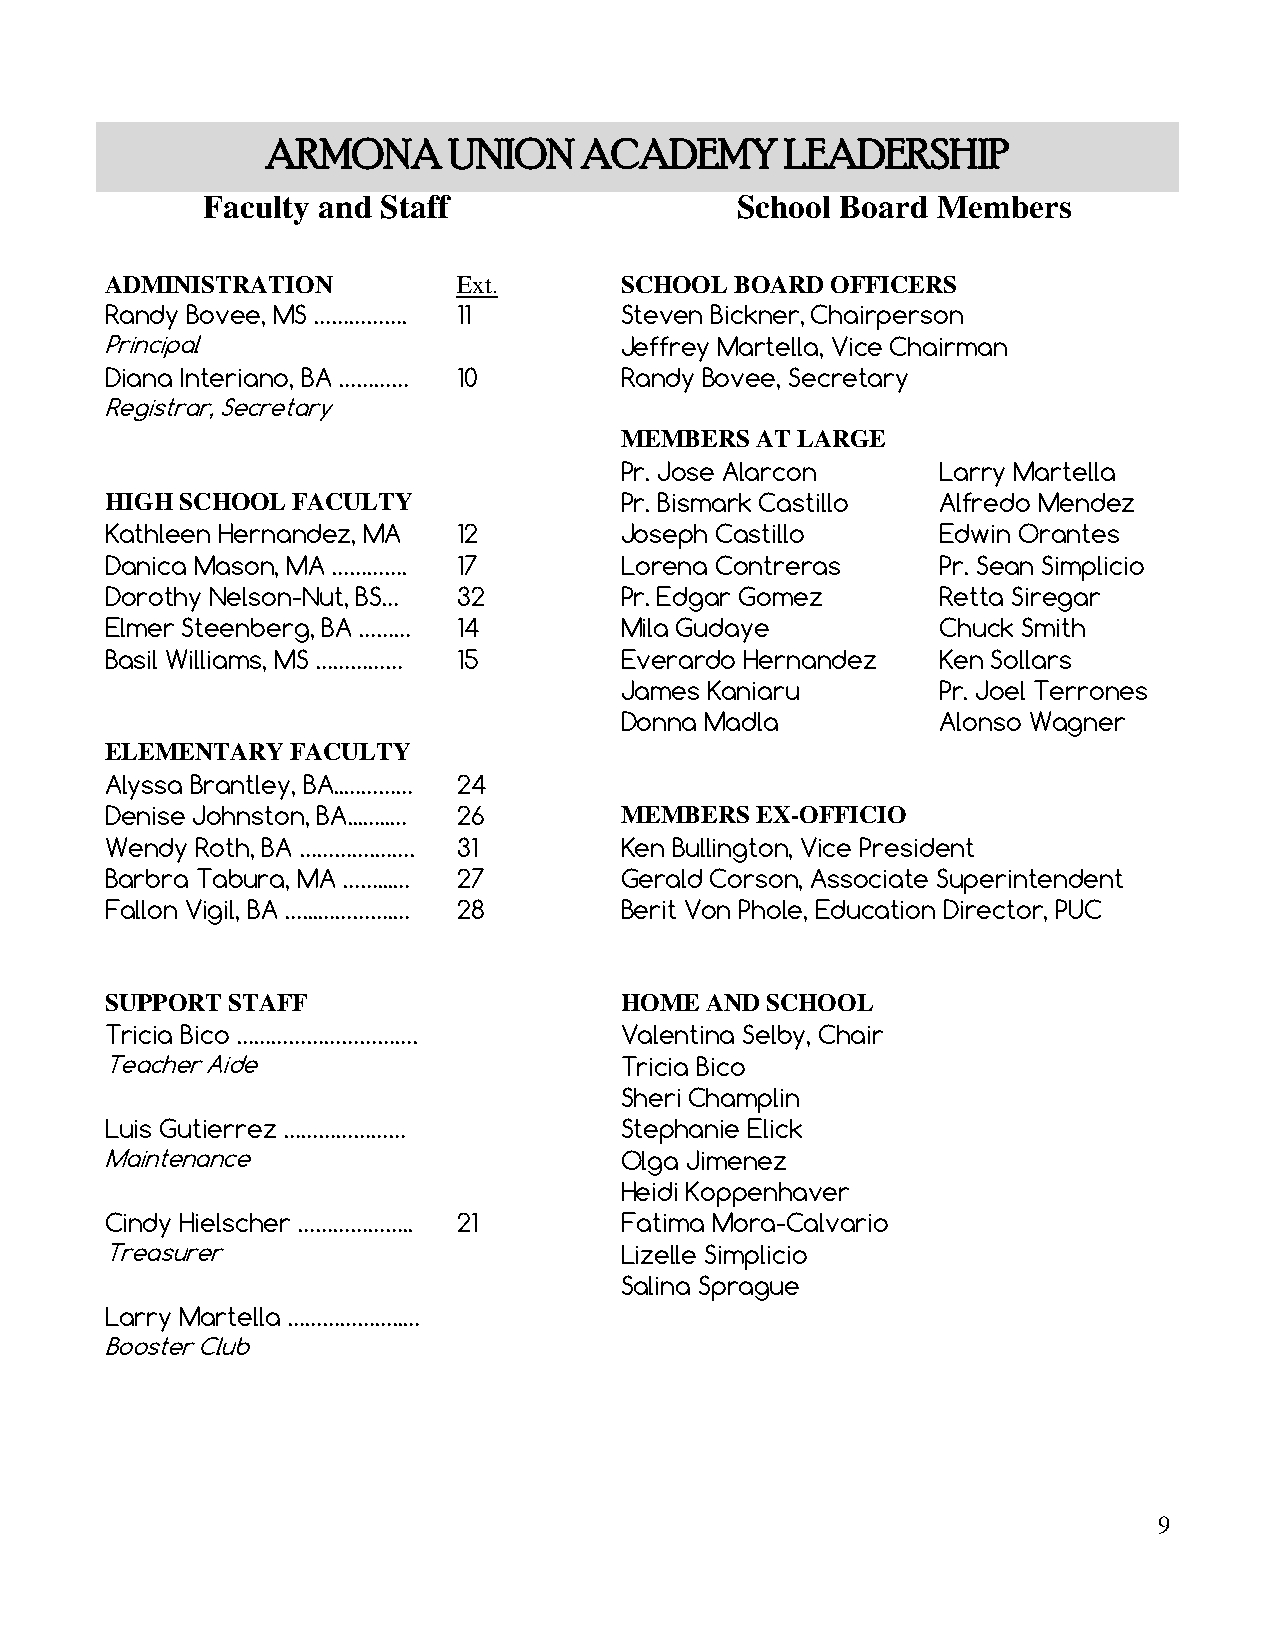
ARMONA      UNION   ACADEMY       LEADERSHIP
 Faculty and Staff                   School Board Members
 ADMINISTRATION         Ext.       SCHOOL  BOARD OFFICERS
 Randy Bovee, MS ……………. 11         Steven Bickner, Chairperson
 Principal                         Jeffrey Martella, Vice Chairman
 Diana Interiano, BA ………… 10       Randy Bovee, Secretary
 Registrar, Secretary
 MEMBERS  AT LARGE
 Pr. Jose Alarcon     Larry Martella
 HIGH SCHOOL FACULTY               Pr. Bismark Castillo Alfredo Mendez
 Kathleen Hernandez, MA 12         Joseph Castillo      Edwin Orantes
 Danica Mason, MA …………. 17         Lorena Contreras     Pr. Sean Simplicio
 Dorothy Nelson-Nut, BS… 3 2       Pr. Edgar Gomez      Retta Siregar
 Elmer Steenberg, BA ……… 14        Mila Gudaye          Chuck Smith
 Basil Williams, MS …………… 15       Everardo Hernandez   Ken Sollars
 James Kaniaru        Pr. Joel Terrones
 Donna Madla          Alonso Wagner
 ELEMENTARY  FACULTY
 Alyssa Brantley, BA..………… 24
 Denise Johnston, BA...…..… 26     MEMBERS  EX-OFFICIO
 Wendy Roth, BA ………….……. 31        Ken Bullington, Vice President
 Barbra Tabura, MA ……...… 27       Gerald Corson, Associate Superintendent
 Fallon Vigil, BA …...………….… 28    Berit Von Phole, Education Director, PUC
 SUPPORT STAFF                     HOME  AND SCHOOL
 Tricia Bico ………………………….           Valentina Selby, Chair
 Teacher Aide                      Tricia Bico
 Sheri Champlin
 Luis Gutierrez …………………            Stephanie Elick
 Maintenance                       Olga Jimenez
 Heidi Koppenhaver
 Cindy Hielscher ……………….. 21       Fatima Mora-Calvario
 Treasurer                         Lizelle Simplicio
 Salina Sprague
 Larry Martella ………………..…
 Booster Club
 9